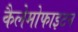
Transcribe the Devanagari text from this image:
कैलेमोफाइटन